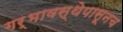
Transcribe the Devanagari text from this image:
गर्भावस्थेपासूनच